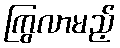
ကြွလာမည့်